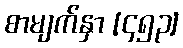
စာမျက်နှာ [၄၅၃]